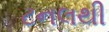
ટનલથી